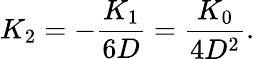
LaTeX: K_{2}=-\frac{K_{1}}{6D}=\frac{K_{0}}{4D^{2}}.